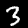
Label: 3